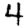
Digit: 4